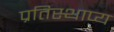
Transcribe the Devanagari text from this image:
प्रतिस्थाप्य